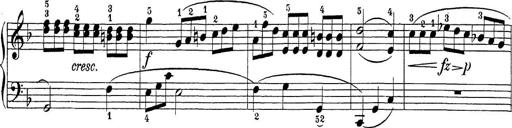
Title: Sonatina Album
Composer: Louis KÃ¶hler